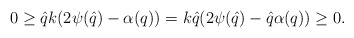
\begin{align*}0\ge \hat{q}k(2\psi(\hat{q})-\alpha({q}))=k\hat{q}(2\psi(\hat{q})-\hat{q}\alpha({q}))\ge 0.\end{align*}